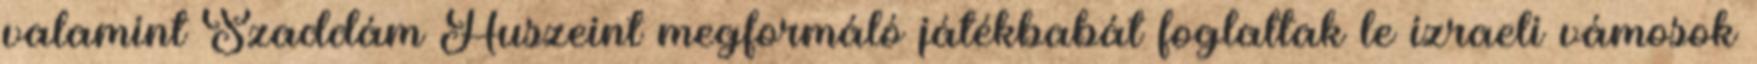
valamint Szaddám Huszeint megformáló játékbabát foglaltak le izraeli vámosok